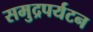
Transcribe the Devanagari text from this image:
समुद्रपर्यटन